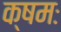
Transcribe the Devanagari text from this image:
क्षमः